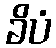
ခိပံ